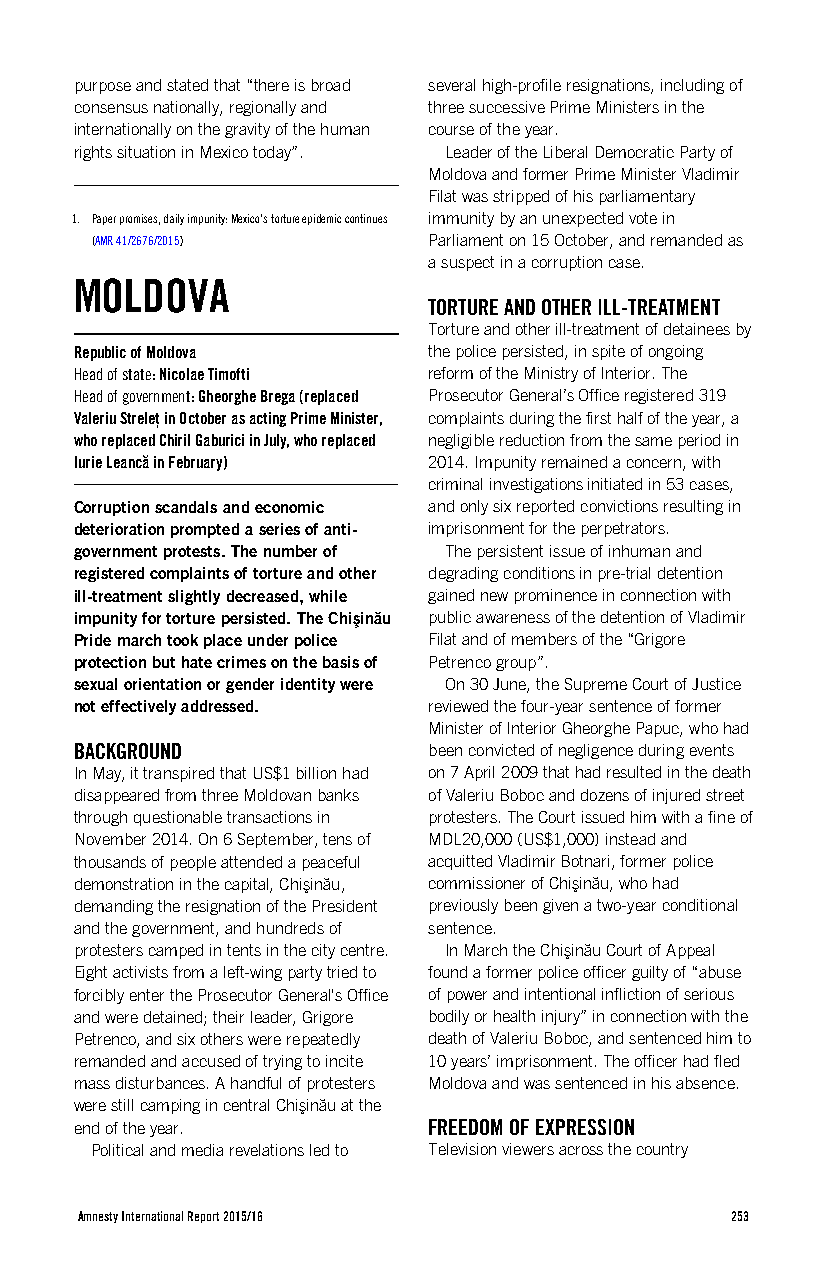
purpose and stated that “there is broad several high-profile resignations, including of
 consensus nationally, regionally and three successive Prime Ministers in the
 internationally on the gravity of the human course of the year.
 rights situation in Mexico today”. Leader of the Liberal Democratic Party of
 Moldova and former Prime Minister Vladimir
 Filat was stripped of his parliamentary
 1. Paper promises, daily impunity: Mexico's torture epidemic continues immunity by an unexpected vote in
 (AMR 41/2676/2015)    Parliament on 15 October, and remanded as
 a suspect in a corruption case.
 MOLDOVA
 TORTURE AND OTHER ILL-TREATMENT
 Torture and other ill-treatment of detainees by
 Republic of Moldova    the police persisted, in spite of ongoing
 Head of state: Nicolae Timofti reform of the Ministry of Interior. The
 Head of government: Gheorghe Brega (replaced Prosecutor General’s Office registered 319
 Valeriu Streleț in October as acting Prime Minister, complaints during the first half of the year, a
 who replaced Chiril Gaburici in July, who replaced negligible reduction from the same period in
 Iurie Leancă in February) 2014. Impunity remained a concern, with
 criminal investigations initiated in 53 cases,
 Corruption scandals and economic and only six reported convictions resulting in
 deterioration prompted a series of anti- imprisonment for the perpetrators.
 government protests. The number of The persistent issue of inhuman and
 registered complaints of torture and other degrading conditions in pre-trial detention
 ill-treatment slightly decreased, while gained new prominence in connection with
 impunity for torture persisted. The Chişinău public awareness of the detention of Vladimir
 Pride march took place under police Filat and of members of the “Grigore
 protection but hate crimes on the basis of Petrenco group”.
 sexual orientation or gender identity were On 30 June, the Supreme Court of Justice
 not effectively addressed. reviewed the four-year sentence of former
 Minister of Interior Gheorghe Papuc, who had
 BACKGROUND             been convicted of negligence during events
 In May, it transpired that US$1 billion had on 7 April 2009 that had resulted in the death
 disappeared from three Moldovan banks of Valeriu Boboc and dozens of injured street
 through questionable transactions in protesters. The Court issued him with a fine of
 November 2014. On 6 September, tens of MDL20,000 (US$1,000) instead and
 thousands of people attended a peaceful acquitted Vladimir Botnari, former police
 demonstration in the capital, Chişinău, commissioner of Chişinău, who had
 demanding the resignation of the President previously been given a two-year conditional
 and the government, and hundreds of sentence.
 protesters camped in tents in the city centre. In March the Chişinău Court of Appeal
 Eight activists from a left-wing party tried to found a former police officer guilty of “abuse
 forcibly enter the Prosecutor General's Office of power and intentional infliction of serious
 and were detained; their leader, Grigore bodily or health injury” in connection with the
 Petrenco, and six others were repeatedly death of Valeriu Boboc, and sentenced him to
 remanded and accused of trying to incite 10 years’ imprisonment. The officer had fled
 mass disturbances. A handful of protesters Moldova and was sentenced in his absence.
 were still camping in central Chişinău at the
 end of the year.       FREEDOM OF EXPRESSION
 Political and media revelations led to Television viewers across the country
 Amnesty International Report 2015/16       253